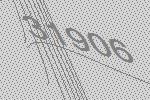
31906